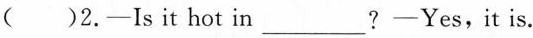
( )2.——Is it hot in___?——Yes, it is.